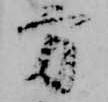
方